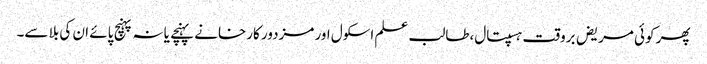
پھر کوئی مریض بروقت ہسپتال،طالب علم اسکول اور مزدور کارخانے پہنچے یا نہ پہنچ پائے ان کی بلا سے۔